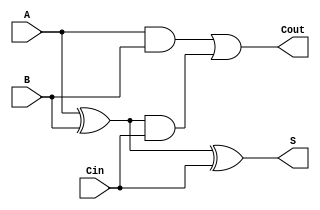
module tree_structured_full_adder (
    input wire A,       // First binary input
    input wire B,       // Second binary input
    input wire Cin,     // Carry-in input
    output wire S,      // Sum output
    output wire Cout    // Carry-out output
);

// Intermediate signals
wire S1;     // Intermediate sum
wire C1;     // Carry from A and B
wire C2;     // Carry from S1 and Cin

// Level 1 - Initial Sum Calculation
assign S1 = A ^ B;          // S1 = A  B

// Level 2 - Final Sum Calculation
assign S = S1 ^ Cin;        // S = S1  Cin

// Level 1 - Carry Calculation
assign C1 = A & B;          // C1 = A  B
assign C2 = S1 & Cin;       // C2 = S1  Cin

// Level 2 - Final Carry Calculation
assign Cout = C1 | C2;      // Cout = C1  C2

endmodule